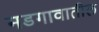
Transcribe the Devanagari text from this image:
मडगावातील